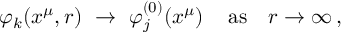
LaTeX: \varphi _ { k } ( x ^ { \mu } , r ) ~ \to ~ \varphi _ { j } ^ { ( 0 ) } ( x ^ { \mu } ) \, \quad \mathrm { a s } \quad r \to \infty \, ,